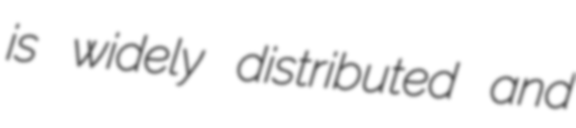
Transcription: is widely distributed and